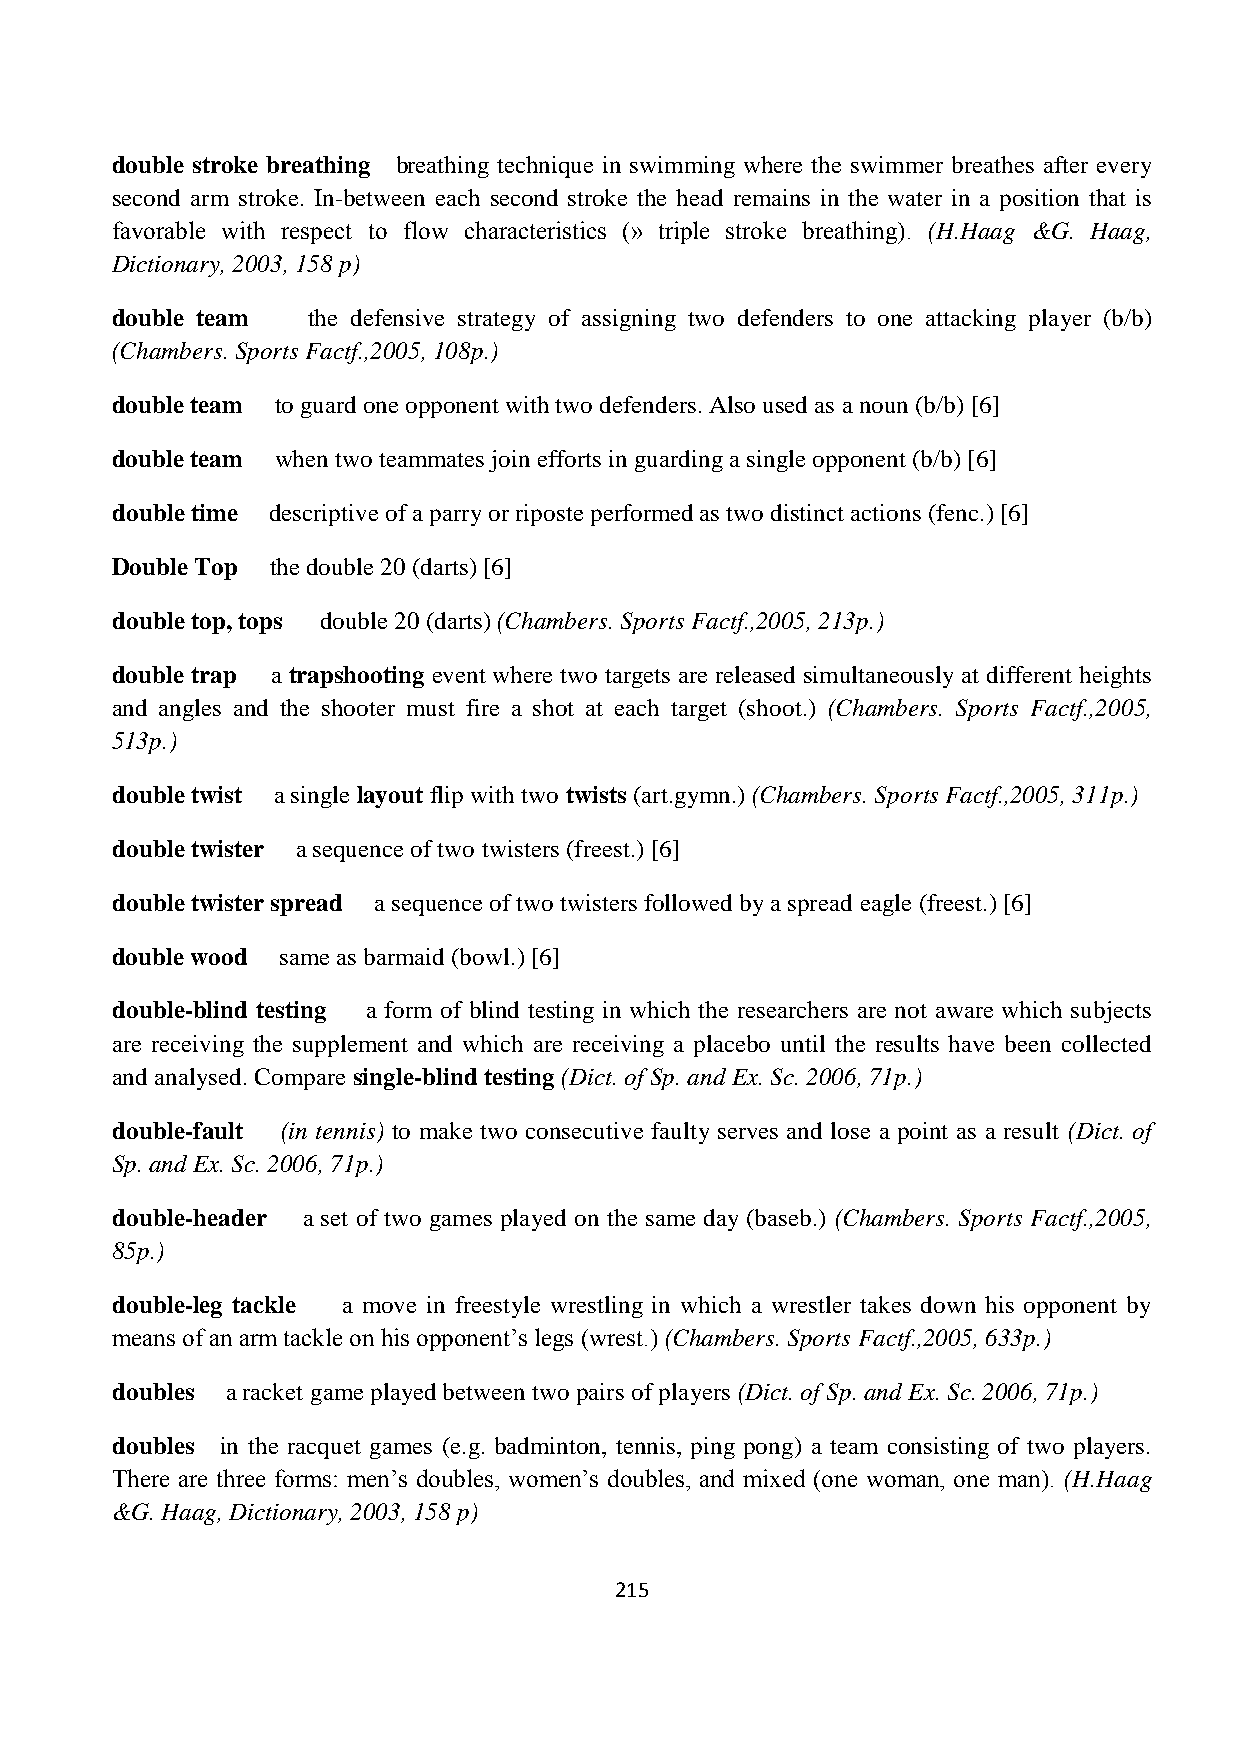
double stroke breathing breathing technique in swimming where the swimmer breathes after every
 second arm stroke. In-between each second stroke the head remains in the water in a position that is
 favorable with respect to flow characteristics (» triple stroke breathing). (H.Haag &G. Haag,
 Dictionary, 2003, 158 p)
 double team  the defensive strategy of assigning two defenders to one attacking player (b/b)
 (Chambers. Sports Factf.,2005, 108p.)
 double team to guard one opponent with two defenders. Also used as a noun (b/b) [6]
 double team when two teammates join efforts in guarding a single opponent (b/b) [6]
 double time descriptive of a parry or riposte performed as two distinct actions (fenc.) [6]
 Double Top the double 20 (darts) [6]
 double top, tops double 20 (darts) (Chambers. Sports Factf.,2005, 213p.)
 double trap a trapshooting event where two targets are released simultaneously at different heights
 and angles and the shooter must fire a shot at each target (shoot.) (Chambers. Sports Factf.,2005,
 513p.)
 double twist a single layout flip with two twists (art.gymn.) (Chambers. Sports Factf.,2005, 311p.)
 double twister a sequence of two twisters (freest.) [6]
 double twister spread a sequence of two twisters followed by a spread eagle (freest.) [6]
 double wood same as barmaid (bowl.) [6]
 double-blind testing a form of blind testing in which the researchers are not aware which subjects
 are receiving the supplement and which are receiving a placebo until the results have been collected
 and analysed. Compare single-blind testing (Dict. of Sp. and Ex. Sc. 2006, 71p.)
 double-fault (in tennis) to make two consecutive faulty serves and lose a point as a result (Dict. of
 Sp. and Ex. Sc. 2006, 71p.)
 double-header a set of two games played on the same day (baseb.) (Chambers. Sports Factf.,2005,
 85p.)
 double-leg tackle a move in freestyle wrestling in which a wrestler takes down his opponent by
 means of an arm tackle on his opponent’s legs (wrest.) (Chambers. Sports Factf.,2005, 633p.)
 doubles a racket game played between two pairs of players (Dict. of Sp. and Ex. Sc. 2006, 71p.)
 doubles in the racquet games (e.g. badminton, tennis, ping pong) a team consisting of two players.
 There are three forms: men’s doubles, women’s doubles, and mixed (one woman, one man). (H.Haag
 &G. Haag, Dictionary, 2003, 158 p)
 215